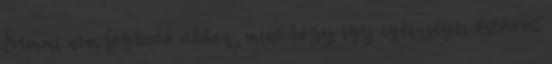
Semmi nem fogható ahhoz, mint hogy egy egészséges vitával